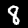
Label: 8